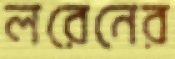
লরেনের